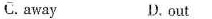
C.away D.out